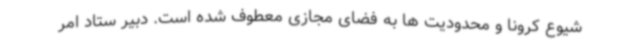
شیوع کرونا و محدودیت ها به فضای مجازی معطوف شده است. دبیر ستاد امر